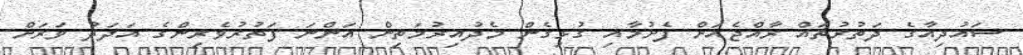
ސައުދިއާގެ ދަތުރުތައް ރާއްޖެއަށް ފެށުމާއި ގުޅިގެން މެދުއިރުމަތިން އަންނަ ފަތުރުވެރިންގެ އަދަދު ވަރަށް